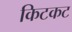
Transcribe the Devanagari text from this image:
किटकट